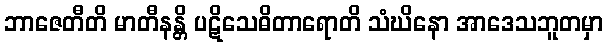
ဘာဇေတီတိ မာတီနန္တိ ပဋိသေဓိတာရောတိ သံဃိနော အာဒေသဘူတမှာ